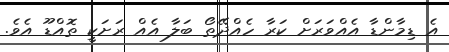
އެ ޑިމާންޑާ އެއްވަރަށް ކަރާ ހެއްދޭތޯ ބަލާ އެއް ރަށަކީ ތޮއްޑޫ އެވެ.